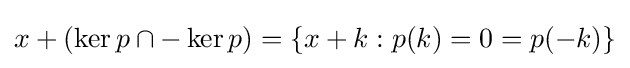
x+(\ker p\cap -\ker p)=\{x+k:p(k)=0=p(-k)\}